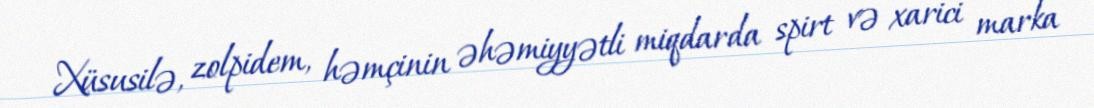
Xüsusilə, zolpidem, həmçinin əhəmiyyətli miqdarda spirt və xarici marka